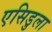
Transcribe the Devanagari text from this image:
एसिडुला